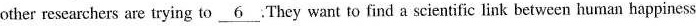
other researchers are trying to \underline{6}.They want to find a scientific link between human happiness